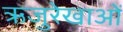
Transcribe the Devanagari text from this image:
ऋजुरेखाओं